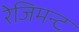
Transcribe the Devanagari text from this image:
रेजिमन्ट